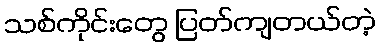
သစ်ကိုင်းတွေ ပြတ်ကျတယ်တဲ့